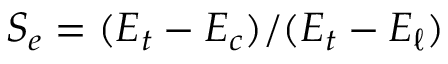
S _ { e } = ( E _ { t } - E _ { c } ) / ( E _ { t } - E _ { \ell } )